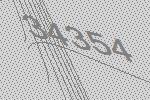
34354